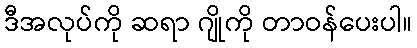
ဒီအလုပ်ကို ဆရာ ဂျိုကို တာဝန်ပေးပါ။